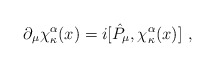
\begin{align*}\partial _{\mu }\chi _{\kappa }^{\alpha }(x)=i[\hat{P}_{\mu },\chi _{\kappa}^{\alpha }(x)]\,\,, \end{align*}